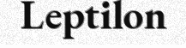
Leptilon